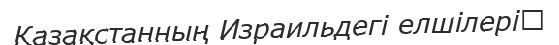
Қазақстанның Израильдегі елшілері‎